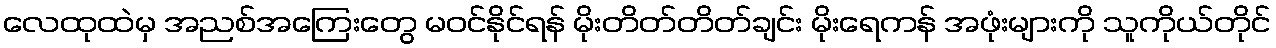
လေထုထဲမှ အညစ်အကြေးတွေ မဝင်နိုင်ရန် မိုးတိတ်တိတ်ချင်း မိုးရေကန် အဖုံးများကို သူကိုယ်တိုင်